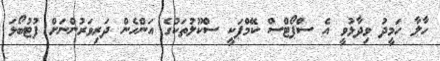
ހާލާ ހަމީދު ވިދާޅުވީ އެ ސްޕޯޓްސް ކޭމްޕަކީ ސްކޫލުތަކުގެ އަންހެން ދަރިވަރުންނަށް ފުޓުބޯޅަ